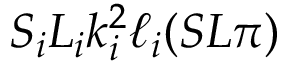
S _ { i } L _ { i } k _ { i } ^ { 2 } \ell _ { i } ( S L \pi )